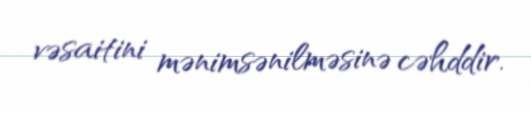
vəsaitini mənimsənilməsinə cəhddir.